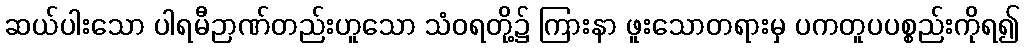
ဆယ်ပါးသော ပါရမီဉာဏ်တည်းဟူသော သံဝရတို့၌ ကြားနာ ဖူးသောတရားမှ ပကတူပပစ္စည်းကိုရ၍